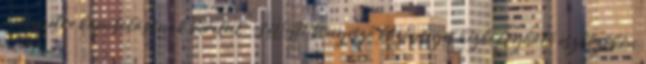
internetre kapcsolásának kereteit. A WAP-böngésző közönséges kézbe fogható eszközökön